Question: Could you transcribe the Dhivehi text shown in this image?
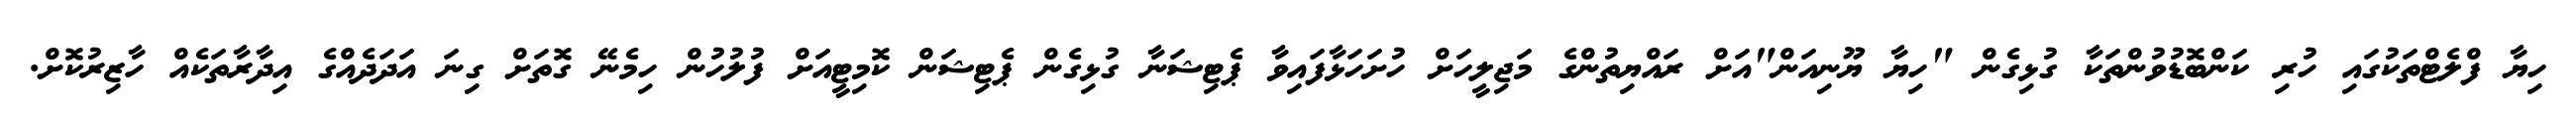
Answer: ހިޔާ ފްލެޓްތަކުގައި ހުރި ކަންބޮޑުވުންތަކާ ގުޅިގެން "ހިޔާ ޔޫނިއަން"އަށް ރައްޔިތުންގެ މަޖިލީހަށް ހުށަހަޅާފައިވާ ޕެޓިޝަނާ ގުޅިގެން ޕެޓިޝަން ކޮމިޓީއަށް ފުލުހުން ހިމެނޭ ގޮތަށް ގިނަ އަދަދެއްގެ އިދާރާތަކެއް ހާޒިރުކޮށް.